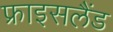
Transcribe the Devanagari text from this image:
फ्राइसलैंड